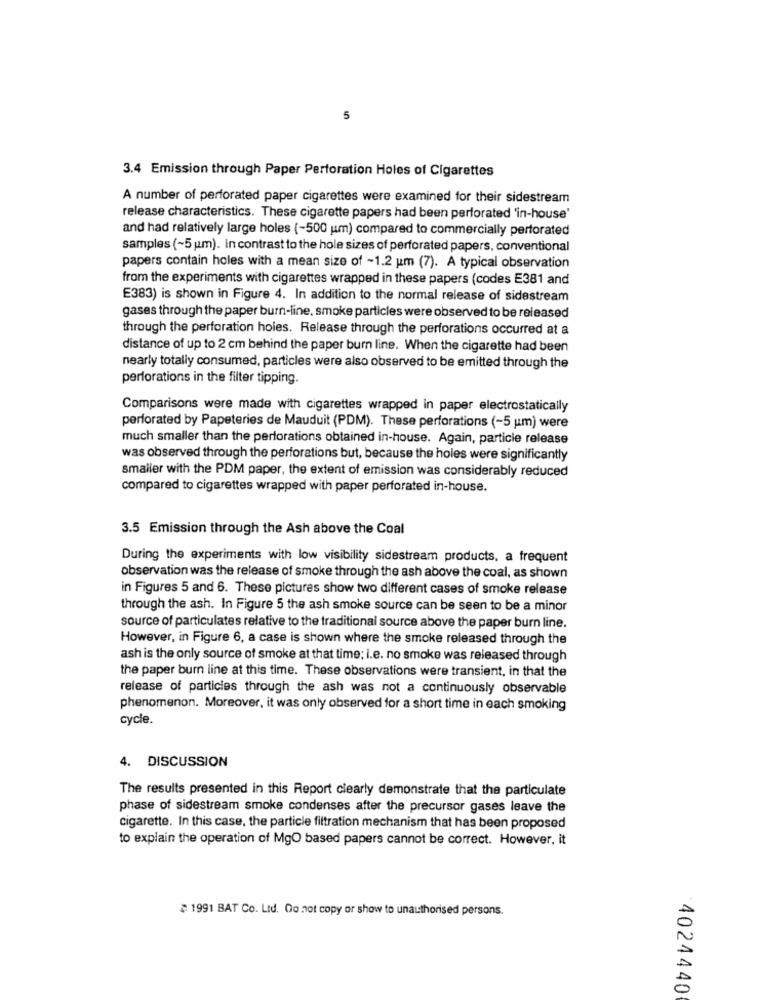
5
3.4 Emission through Paper Perforation Holes of Cigarettes
A number of perforated paper cigarettes were examined for their sidestream
release characteristics. These cigarette papers had been perforated 'in-house'
and had relatively large holes (-500 um) compared to commercially perforated
samples (~5 pm). In contrast to the hole sizes of perforated papers, conventional
papers contain holes with a mean size of -1.2 um (7). A typical observation
from the experiments with cigarettes wrapped in these papers (codes E381 and
E383) is shown in Figure 4. In addition to the normal release of sidestream
gases through the paper burn-line, smoke particles were observed to be released
through the perforation holes. Release through the perforations occurred at a
distance of up to 2 cm behind the paper burn line. When the cigarette had been
nearly totally consumed, particles were also observed to be emitted through the
perforations in the filter tipping.
Comparisons were made with cigarettes wrapped in paper electrostatically
perforated by Papeteries de Mauduit (PDM). These perforations (-5 um) were
much smaller than the perforations obtained in-house. Again, particle release
was observed through the perforations but, because the holes were significantly
smaller with the PDM paper, the extent of emission was considerably reduced
compared to cigarettes wrapped with paper perforated in-house.
3.5 Emission through the Ash above the Coal
During the experiments with low visibility sidestream products, a frequent
observation was the release of smoke through the ash above the coal, as shown
in Figures 5 and 6. These pictures show two different cases of smoke release
through the ash. In Figure 5 the ash smoke source can be seen to be a minor
source of particulates relative to the traditional source above the paper burn line.
However, in Figure 6, a case is shown where the smoke released through the
ash is the only source of smoke at that time; i.e. no smoke was released through
the paper burn line at this time. These observations were transient, in that the
release of particles through the ash was not a continuously observable
phenomenon. Moreover, it was only observed for a short time in each smoking
cycle.
4. DISCUSSION
The results presented in this Report clearly demonstrate that the particulate
phase of sidestream smoke condenses after the precursor gases leave the
cigarette. In this case, the particle filtration mechanism that has been proposed
to explain the operation of MgO based papers cannot be correct. However, it
≥ 1991 BAT Co. Ltd. Do not copy or show to unauthorised persons.
4024440